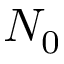
N _ { 0 }